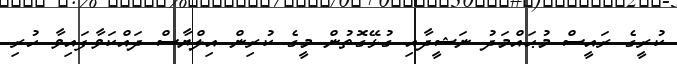
ކުރީގެ ރައީސް މުޙައްމަދު ނަޝީދާއި ގުޅޭގޮތުން މީގެ ކުރިން އިލްޔާސް ދައްކަވާފައިވާ ހުރި